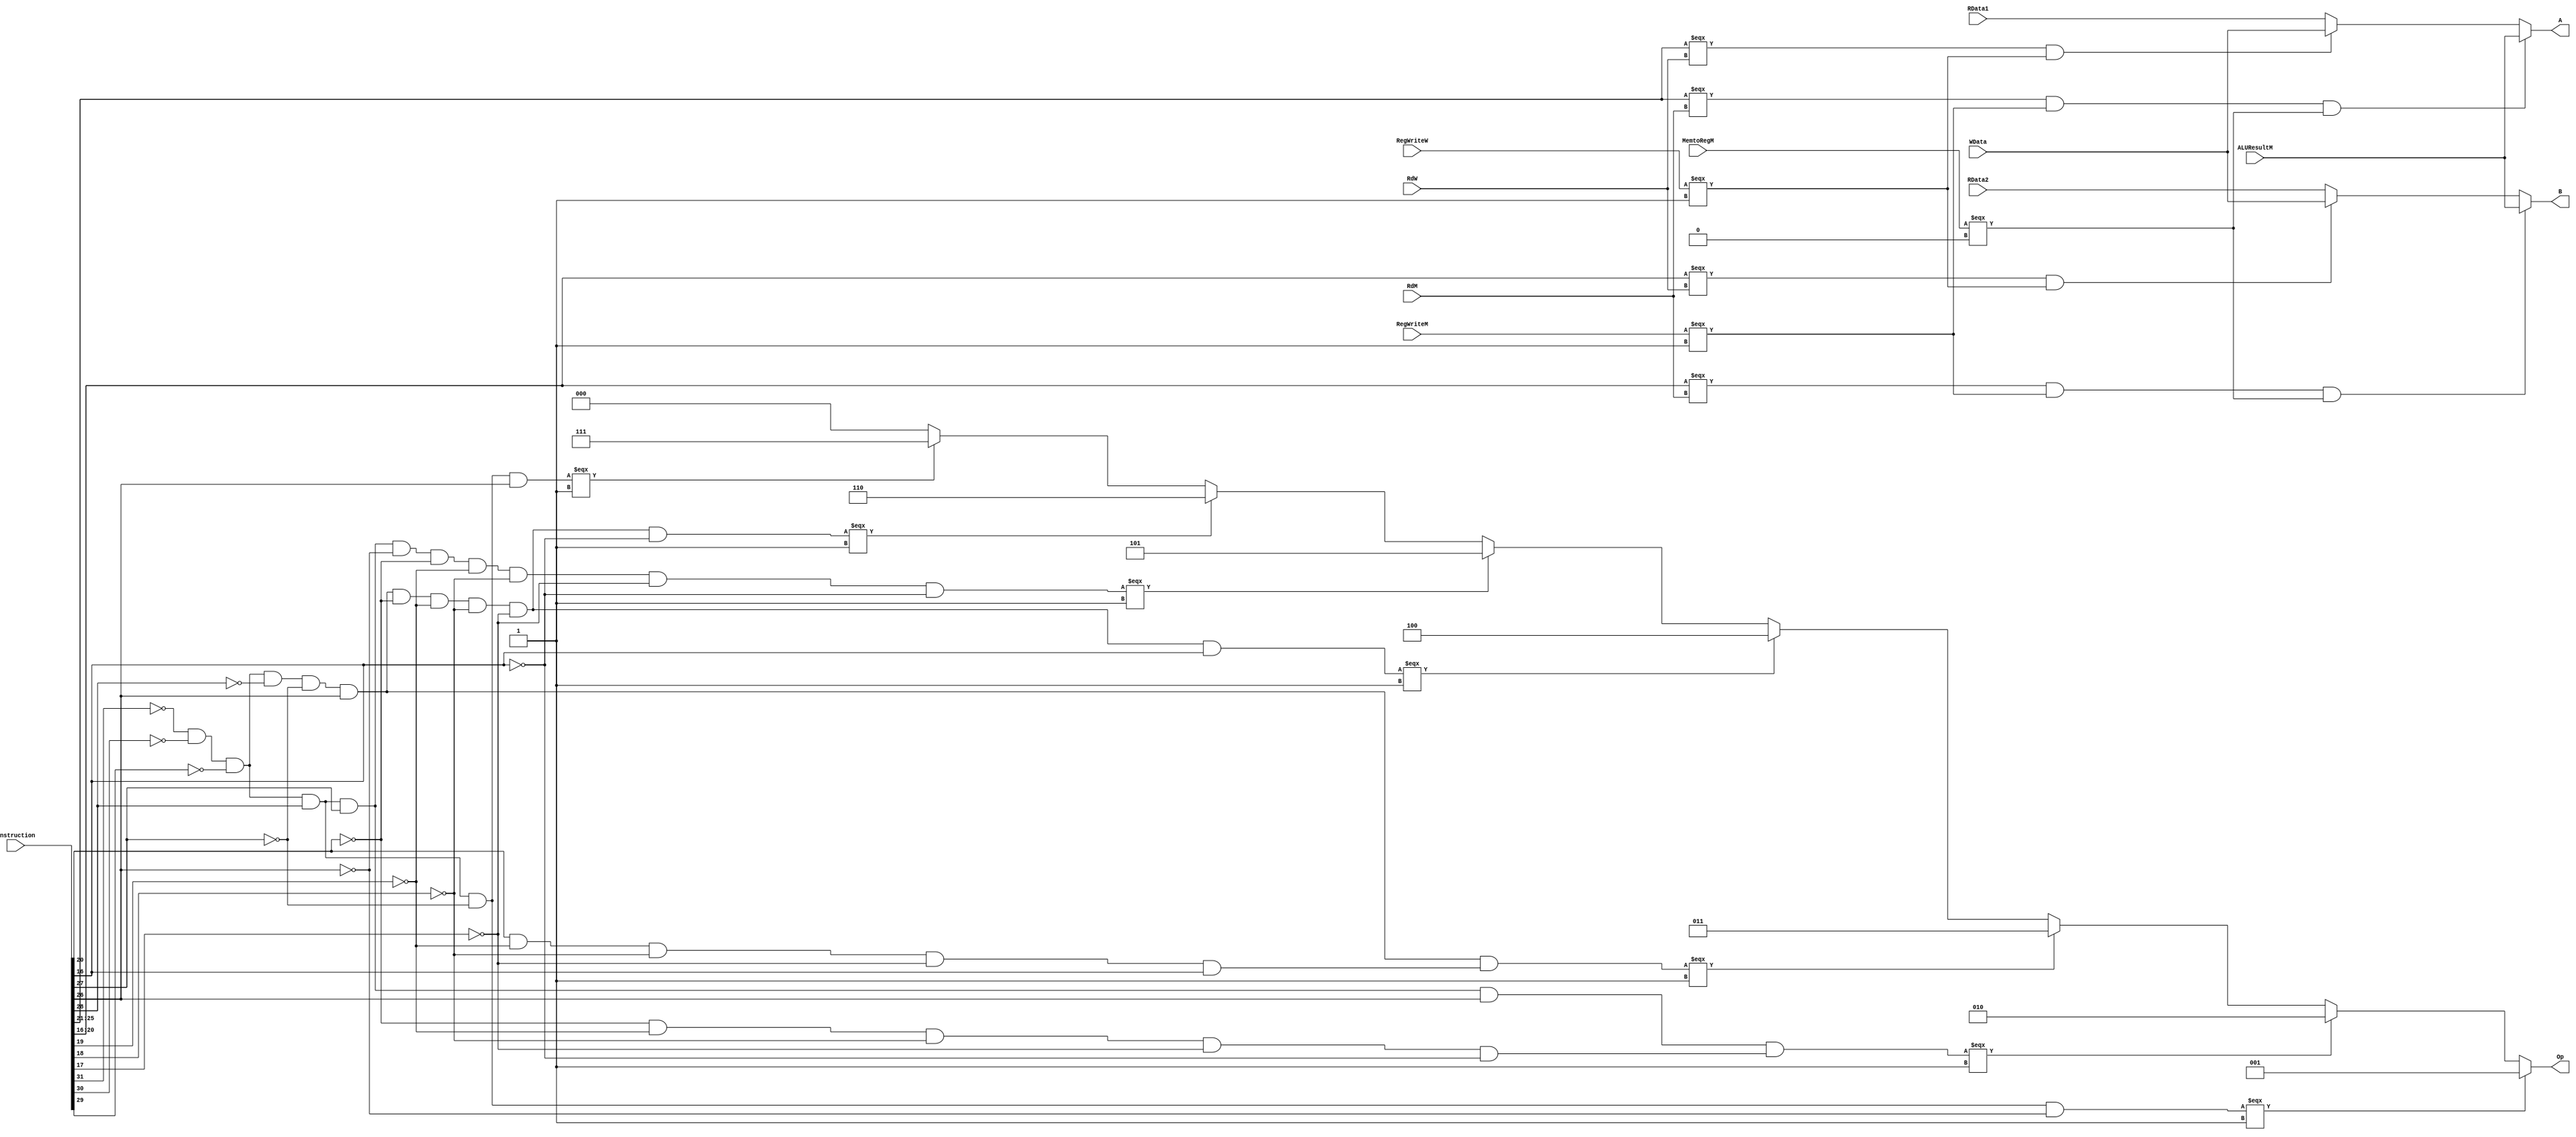
`timescale 1ns / 1ps
//////////////////////////////////////////////////////////////////////////////////
// Company: 
// Engineer: 
// 
// Design Name: 
// Module Name:    bunit 
// Project Name: 
// Target Devices: 
// Tool versions: 
// Description: 
//
// Dependencies: 
//
// Revision: 
// Revision 0.01 - File Created
// Additional Comments: 
//
//////////////////////////////////////////////////////////////////////////////////
module BU_F(
	input [31:0]Instruction,
	
	//input [4:0]RsD,
	//input [4:0]RtD,
	input [4:0]RdM,
	//input [4:0]RtM,
	input [4:0]RdW,
	
	input [31:0]RData1,
	input [31:0]RData2,
	input [31:0]ALUResultM,
	input [31:0]WData,
	
	input RegWriteM,
	input MemtoRegM,
	input RegWriteW,
	
	output reg [31:0]A,
	output reg [31:0]B,
	output [2:0]Op
    );
	 wire [4:0] RsD, RtD;
	 wire Ifbeq, Ifbgtz,Ifbne, Ifblez, Ifbltz, Ifbgez,  Ifbgezal,fcbgezal,fcbgtz;
	 wire [5:0]func,op;
	 
	 assign RsD = Instruction[25:21];
	 assign RtD = Instruction[20:16];
	 
	 assign func = Instruction[5:0];
	 assign op = Instruction[31:26];
	 assign fcbgtz = (~Instruction[20] & ~Instruction[19] & ~Instruction[18] & ~Instruction[17] & ~Instruction[16]);
	 assign fcbgezal = (Instruction[20] & ~Instruction[19] & ~Instruction[18] & ~Instruction[17] & Instruction[16]);
	 
	 assign Ifbeq = (~op[5] & ~op[4] & ~op[3] & op[2] & ~op[1] & ~op[0]);
	 assign Ifbgtz = (~op[5] & ~op[4] & ~op[3] & op[2] & op[1] & op[0] & fcbgtz);
	 assign Ifbgezal = (~op[5] & ~op[4] & ~op[3] & ~op[2] & ~op[1] & op[0] & fcbgezal);	 
	 assign Ifbgez = (~op[5] & ~op[4] & ~op[3] & ~op[2] & ~op[1] & op[0] & ~Instruction[20] & ~Instruction[19] & ~Instruction[18] & ~Instruction[17] & Instruction[16]);
	 assign Ifblez = (~op[5] & ~op[4] & ~op[3] & op[2] & op[1] & ~op[0] & ~Instruction[20] & ~Instruction[19] & ~Instruction[18] & ~Instruction[17] & ~Instruction[16]);
	 assign Ifbltz = (~op[5] & ~op[4] & ~op[3] & ~op[2] & ~op[1] & op[0] & ~Instruction[20] & ~Instruction[19] & ~Instruction[18] & ~Instruction[17] & ~Instruction[16]);
	 assign Ifbne = (~op[5] & ~op[4] & ~op[3] & op[2] & ~op[1] & op[0]);
	 assign Op = (Ifbeq === 1) ? 3'b001 :
					 (Ifbgtz === 1) ? 3'b010 :
					 (Ifbgezal === 1) ? 3'b011 : 
					 (Ifbgez === 1) ? 3'b100 :
					 (Ifblez === 1) ? 3'b101 :
					 (Ifbltz === 1) ? 3'b110 :
					 (Ifbne === 1) ? 3'b111 :
					 3'b0;
	always @(*) begin
		if (RsD === RdM && RegWriteM === 1 && MemtoRegM === 0) 
			A = ALUResultM;
		/*else if (RsD === RtM && RegWriteM === 1 && MemtoRegM === 0)
			A = ALUResultM;*/
		else if (RsD === RdW && RegWriteW === 1)
			A = WData;
		else 
			A = RData1;
		//
		if (RtD === RdM && RegWriteM === 1 && MemtoRegM === 0) 
			B = ALUResultM;
		/*else if (RtD === RtM && RegWriteM === 1 && MemtoRegM === 0)
			B = ALUResultM;*/
		else if (RtD === RdW && RegWriteW === 1)
			B = WData;
		else 
			B = RData2; 
	end
endmodule 
/*always @(*) begin
		if (Ifbeq === 1) begin
			if(RegWriteM === 1 && MemtoRegM === 0) begin
				Branch = ((RsD === RdM && (ALUResultM - RData2 === 0)) || (RtD === RdM && (ALUResultM - RData1 === 0))) ? 1 : 0 ;
			end//mem
			else if (RegWriteW === 1 && MemtoRegW === 1) begin
				Branch = ((RsD === RdW && (WData - RData2 === 0)) || (RtD === RdW && (WData - RData1 === 0))) ? 1 : 0;
			end//wb
			else begin 
				Branch = (RData1 - RData2 === 0) ? 1 : 0;
			end//
		end///////////////////
		else if ( Ifbgtz === 1) begin
			if (RegWriteM === 1 && MemtoRegM === 0) begin
				Branch =( ALUResultM[31]	=== 0 ) ? 1 : 0 ;
			end//mem
			else if (RegWriteW === 1 && MemtoRegW === 1) begin
				Branch = (WData[31] === 0) ? 1 : 0;
			end//wb
			else begin
				Branch = (RData1[31] === 0) ? 1 : 0;
			end//no hazard
		end//////////////////
		else if(Ifbgezal === 1) begin
			if (RegWriteM === 1 && MemtoRegM === 0 && RsD === RdM ) begin
				Branch =( ALUResultM[31]	=== 0 ) ? 1 : 0 ;
			end//mem
			else if (RegWriteW === 1 && MemtoRegW === 1 &&  RsD === RdW ) begin
				Branch = (WData[31] === 0) ? 1 : 0;
			end//wb
			else begin
				Branch = (RData1[31] === 0) ? 1 : 0;
			end//no hazard
		end/////////////////////
		else
			Branch = 0;		
	end*/